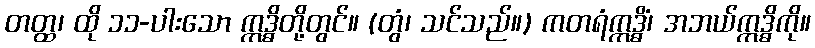
တတ္ထ၊ ထို ၁၁-ပါးသော ဣဒ္ဓိတို့တွင်။ (တွံ၊ သင်သည်။) ကတရံဣဒ္ဓိံ၊ အဘယ်ဣဒ္ဓိကို။